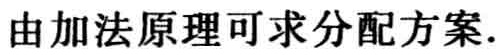
由加法原理可求分配方案.